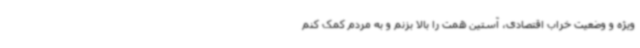
ویژه و وضعیت خراب اقتصادی، آستین همت را بالا بزنم و به مردم کمک کنم